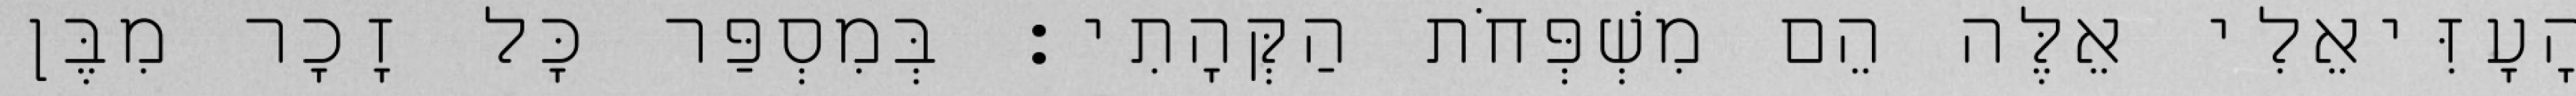
הָעָזִּיאֵלִי אֵלֶּה הֵם מִשְׁפְּחֹת הַקְּהָתִי׃ בְּמִסְפַּר כָּל זָכָר מִבֶּן